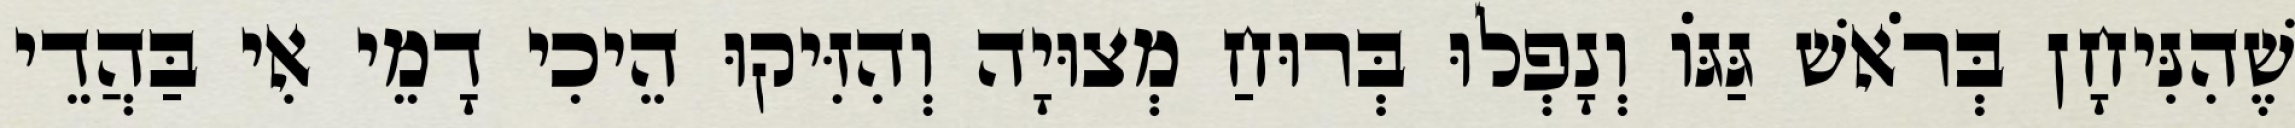
שֶׁהִנִּיחָן בְּרֹאשׁ גַּגּוֹ וְנָפְלוּ בְּרוּחַ מְצוּיָה וְהִזִּיקוּ הֵיכִי דָמֵי אִי בַּהֲדֵי